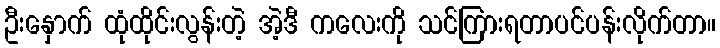
ဦးနှောက် ထုံထိုင်းလွန်းတဲ့ အဲ့ဒီ ကလေးကို သင်ကြားရတာပင်ပန်းလိုက်တာ။